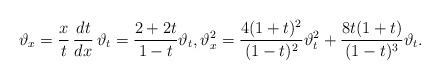
LaTeX: \begin{align*}\vartheta_x=\frac{x}{t} \, \frac{dt}{dx} \, \vartheta_t = \frac{2+2t}{1-t} \vartheta_t, \vartheta_x^2 = \frac{4(1+t)^2}{(1-t)^2}\vartheta_t^2 + \frac{8t(1+t)}{(1-t)^3} \vartheta_t.\end{align*}